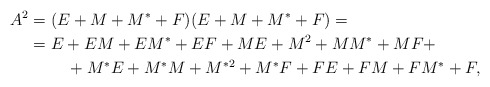
\begin{align*}A^2& = (E+M+M^*+F)(E+M+M^*+F)= \\ & = E+EM+EM^*+EF + ME+M^2+MM^*+MF +\\ & \quad\quad\ + M^*E+M^*M+M^{*2}+M^*F + FE+FM+FM^*+F,\quad\quad\quad\quad\quad\end{align*}